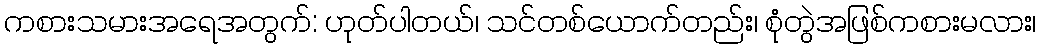
ကစားသမားအရေအတွက်: ဟုတ်ပါတယ်၊ သင်တစ်ယောက်တည်း၊ စုံတွဲအဖြစ်ကစားမလား၊